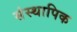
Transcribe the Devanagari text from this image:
संस्थापिक